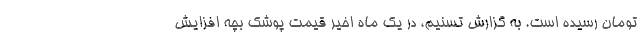
تومان رسیده است. به گزارش تسنیم، در یک ماه اخیر قیمت پوشک بچه افزایش